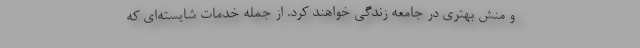
و منش بهتری در جامعه زندگی خواهند کرد. از جمله خدمات شایسته‌ای که